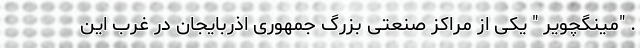
. "مینگچویر " یکی از مراکز صنعتی بزرگ جمهوری اذربایجان در غرب این